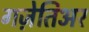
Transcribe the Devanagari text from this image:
गज़ेतिअर